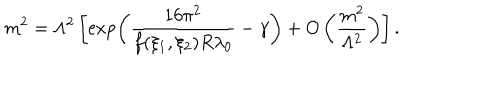
LaTeX: m ^ { 2 } = \Lambda ^ { 2 } \left[ \exp \left( \frac { 1 6 \pi ^ { 2 } } { f ( \xi _ { 1 } , \xi _ { 2 } ) R \lambda _ { 0 } } - \gamma \right) + O \left( \frac { m ^ { 2 } } { \Lambda ^ { 2 } } \right) \right] .